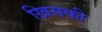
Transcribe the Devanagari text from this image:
खिसकी